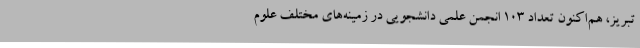
تبریز، هم‌اکنون تعداد 103 انجمن علمی دانشجویی در زمینه‌های مختلف علوم